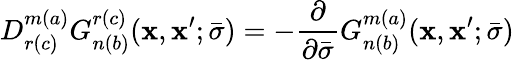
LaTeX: D_{r(c)}^{m(a)}G_{n(b)}^{r(c)}(\mathbf{x},\mathbf{x}^{\prime};\bar{{\sigma}})=-\frac{{\partial}}{{\partial\bar{{\sigma}}}}G_{n(b)}^{m(a)}(\mathbf{x},\mathbf{x}^{\prime};\bar{{\sigma}})